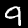
Label: 9